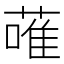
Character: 蓶